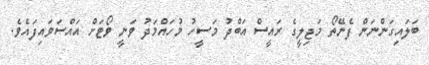
ބަލައިގަންނަން ފެނޭތޯ މަޖިލީގެ ރައީސް އަބްދު މަސީހު މުހައްމަދު ވަނީ ވޯޓަށް އައްސަވައިފައެވެ.